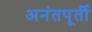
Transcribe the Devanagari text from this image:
अनंतपूर्ती